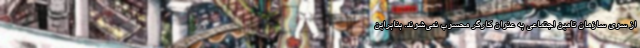
از سوی سازمان تامین اجتماعی به عنوان کارگر محسوب نمی‌شوند. بنابراین